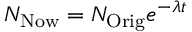
N _ { \mathrm { N o w } } = N _ { \mathrm { O r i g } } e ^ { - \lambda t }